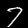
Digit: 7